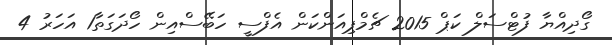
ގޯދިއްޔާ ފުޓްސަލް ކަޕް 2015 ޗެމްޕިއަންކަން އެފްސީ ހަބޭސްއިން ހޯދަގަތާ1 އަހަރު 4